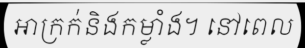
អាក្រក់និងកម្លាំង។ នៅពេល